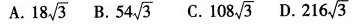
A. 18\sqrt{3} B.54\sqrt{3} C.108\sqrt{3} D.216\sqrt{3}